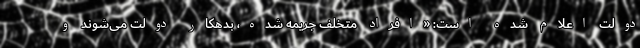
دولت اعلام شده است: «افراد متخلف جریمه شده، بدهکار دولت می‌شوند و